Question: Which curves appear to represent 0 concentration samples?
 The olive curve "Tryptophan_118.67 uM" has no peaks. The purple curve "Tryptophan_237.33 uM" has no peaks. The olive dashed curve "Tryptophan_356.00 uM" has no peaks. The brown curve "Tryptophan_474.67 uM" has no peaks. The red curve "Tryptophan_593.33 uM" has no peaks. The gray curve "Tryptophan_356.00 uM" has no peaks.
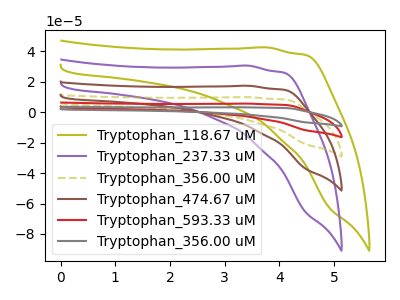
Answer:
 <answer>"Tryptophan_118.67 uM", "Tryptophan_237.33 uM", "Tryptophan_356.00 uM", "Tryptophan_474.67 uM", "Tryptophan_593.33 uM" and "Tryptophan_356.00 uM" are likely to be blanks.</answer>
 <eval>"Tryptophan_118.67 uM", "Tryptophan_237.33 uM", "Tryptophan_356.00 uM", "Tryptophan_474.67 uM", "Tryptophan_593.33 uM", "Tryptophan_356.00 uM"</eval>